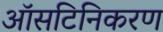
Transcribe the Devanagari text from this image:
ऑसटिनिकरण